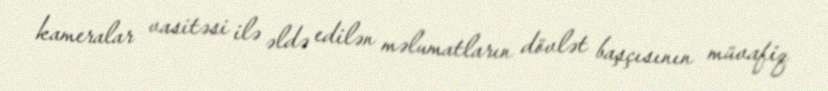
kameralar vasitəsi ilə əldə edilən məlumatların dövlət başçısının müvafiq